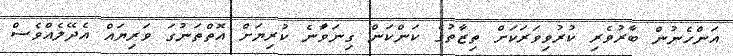
އަންހެނުން ބާރުވެރި ކުރުވިވަރަކަށް ތިޒާތުގެ ކަންކަން ގިނަވަާނެ ކުރިޔަށް އޮތްތަނުގަ ވަރިޔައް އެދޭލެއްވެސް